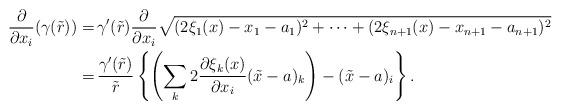
LaTeX: \begin{align*}\dfrac{\partial}{\partial x_i}(\gamma(\tilde{r})) =& \, \gamma^{\prime}(\tilde{r}) \dfrac{\partial}{\partial x_i} \sqrt{(2\xi_1(x) - x_1 - a_1)^2 + \cdots + (2\xi_{n+1}(x) - x_{n+1} - a_{n+1})^2} \\=& \, \dfrac{\gamma^{\prime}(\tilde{r})}{\tilde{r}} \left\{\left(\sum_{k} 2\dfrac{\partial \xi_k(x)}{\partial x_i}(\tilde{x}-a)_k\right) - (\tilde{x}-a)_i\right\}. \end{align*}